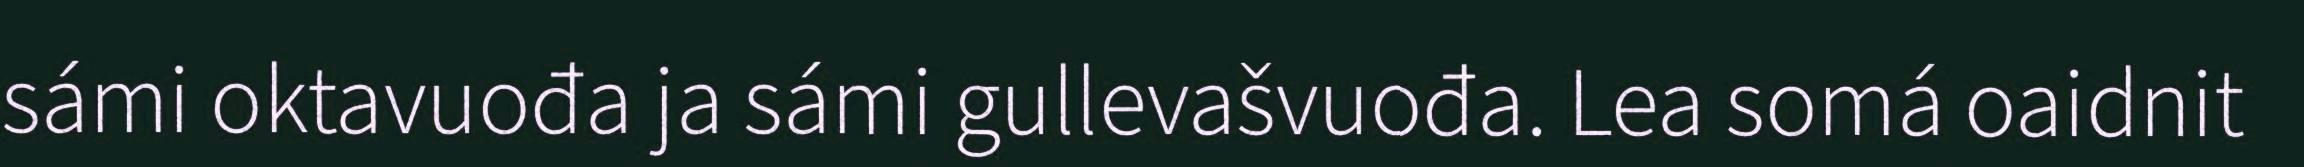
sámi oktavuođa ja sámi gullevašvuođa. Lea somá oaidnit